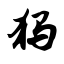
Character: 犸